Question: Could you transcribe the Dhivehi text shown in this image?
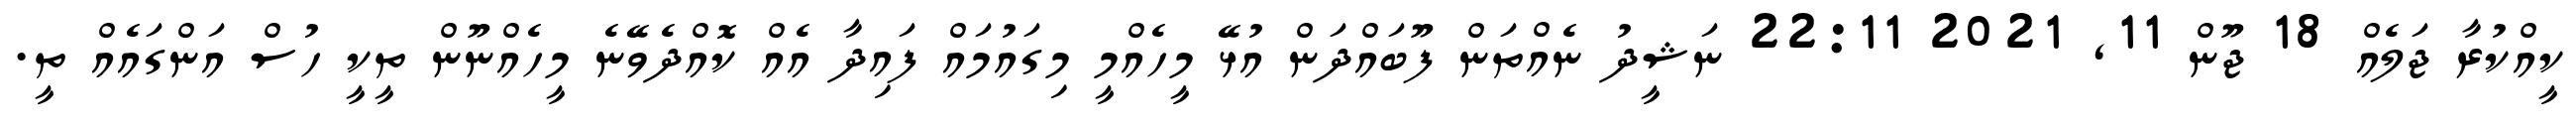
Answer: ކީއްކުރާ ޖަލެއް 18 ޖޫން 11, 2021 22:11 ނަޝީދު ނެއްތަން ފޫބައްދަން އުޅޭ މީހެއްމީ މިގައުމައް ފައިދާ އެއް ކޮއްދެވޭނެ މީހެއްނޫން ތީކީ ހުސް އަންގައެއް ތީ.